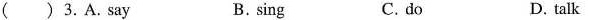
( ) 3.A.say B. sing C. do D. talk